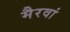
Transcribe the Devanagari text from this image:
मैरवां